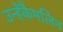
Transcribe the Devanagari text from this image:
उन्हेंकैमलिन